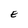
Character: E